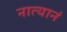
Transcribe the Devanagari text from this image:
नात्यानं